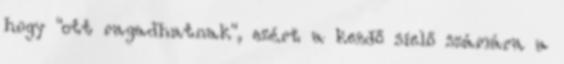
hogy "ott ragadhatnak", ezért a kezdő síelő számára a